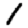
Digit: 1